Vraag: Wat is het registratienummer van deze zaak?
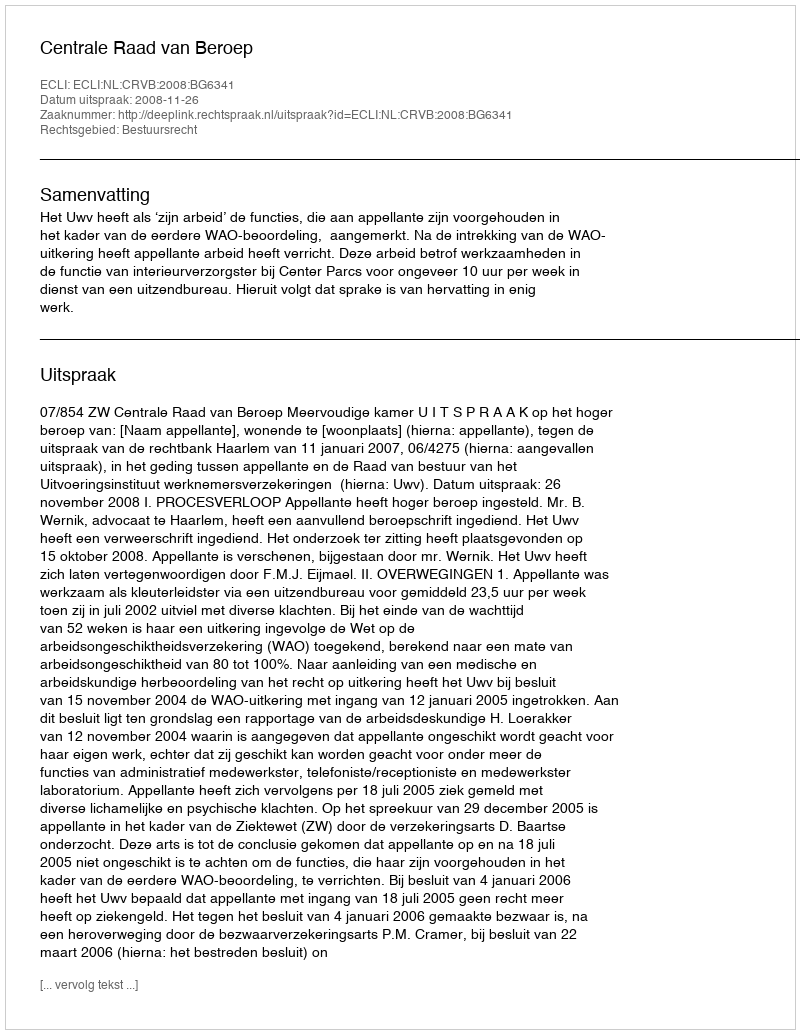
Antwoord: http://deeplink.rechtspraak.nl/uitspraak?id=ECLI:NL:CRVB:2008:BG6341